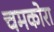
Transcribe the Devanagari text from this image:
चमकोरा